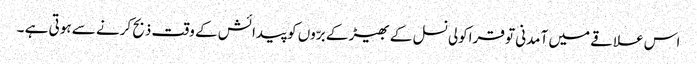
اس علاقے میں آمدنی تو قراکولی نسل کے بھیڑ کے برّوں کو پیدائش کے وقت ذبح کرنے سے ہوتی ہے ۔